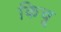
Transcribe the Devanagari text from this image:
किचू